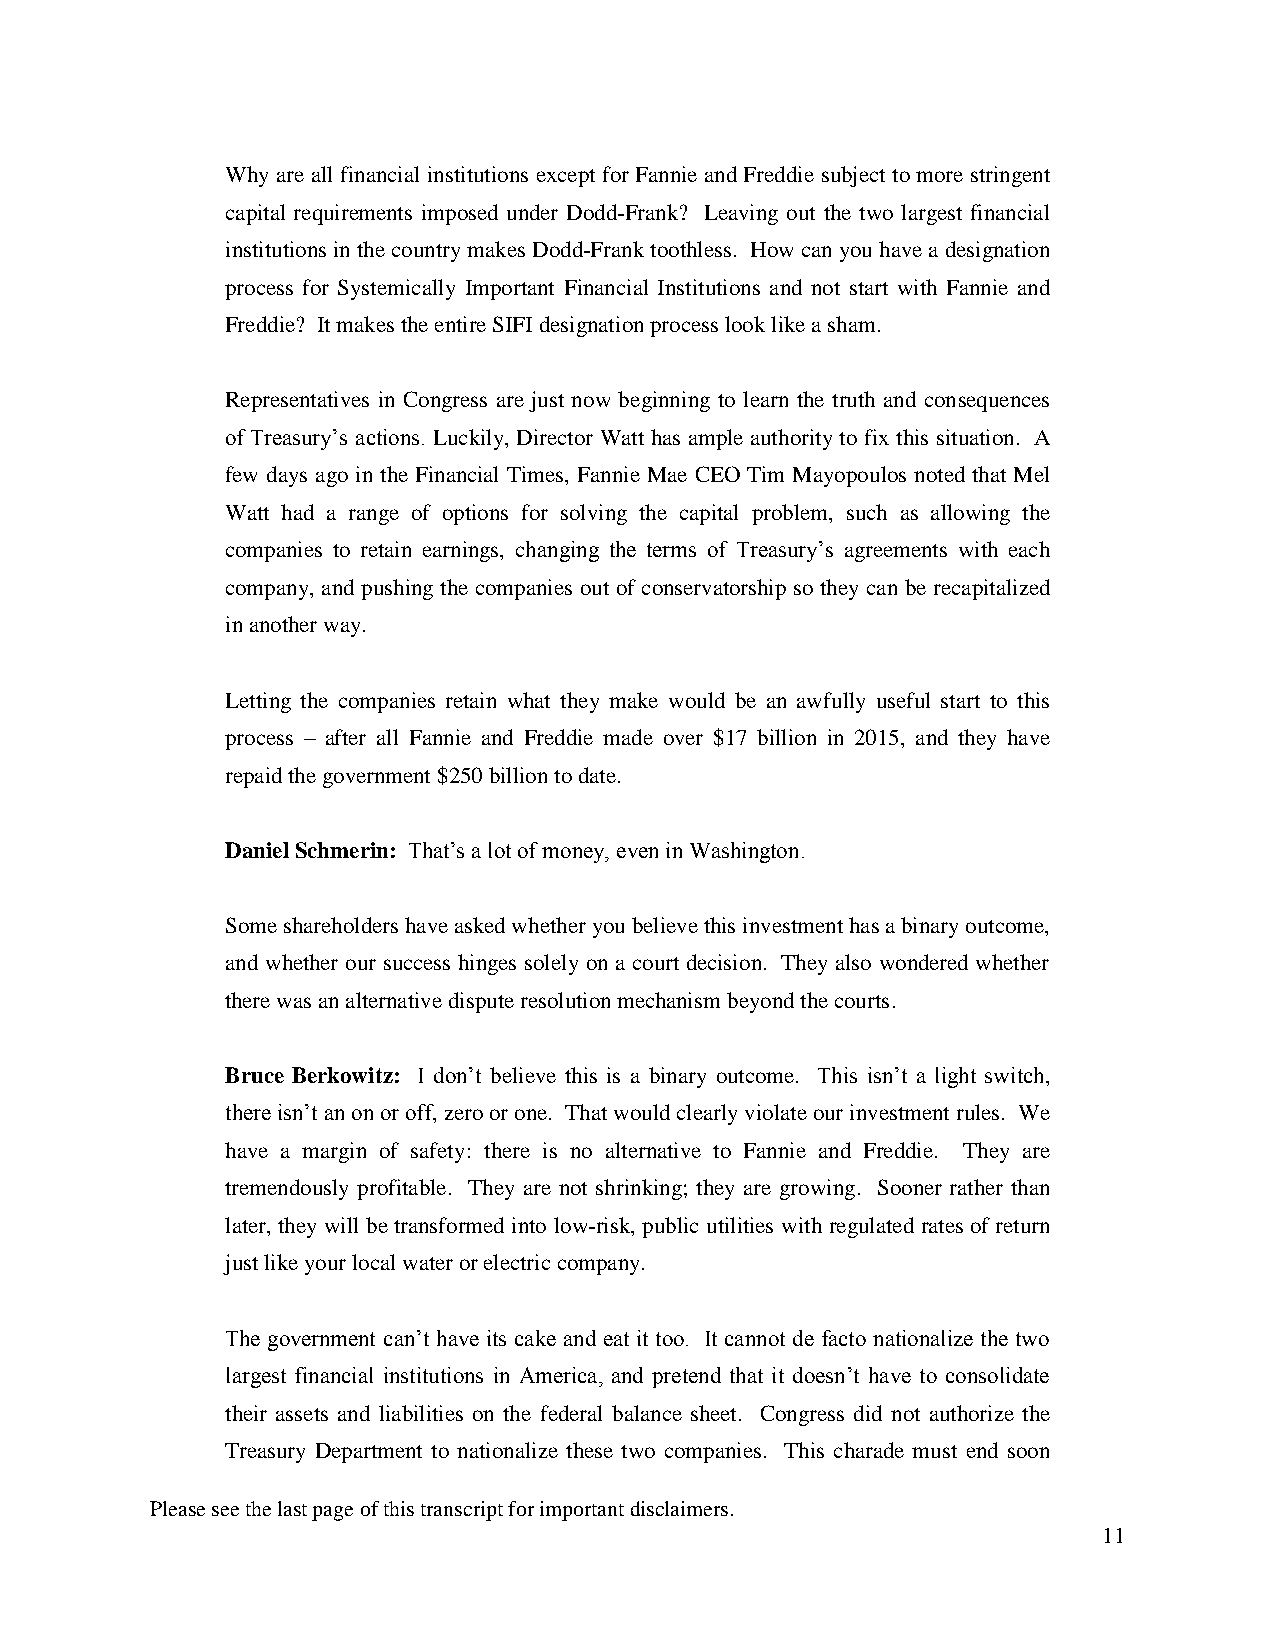
Why are all financial institutions except for Fannie and Freddie subject to more stringent
 capital requirements imposed under Dodd-Frank? Leaving out the two largest financial
 institutions in the country makes Dodd-Frank toothless. How can you have a designation
 process for Systemically Important Financial Institutions and not start with Fannie and
 Freddie? It makes the entire SIFI designation process look like a sham.
 Representatives in Congress are just now beginning to learn the truth and consequences
 of Treasury’s actions. Luckily, Director Watt has ample authority to fix this situation. A
 few days ago in the Financial Times, Fannie Mae CEO Tim Mayopoulos noted that Mel
 Watt had a range of options for solving the capital problem, such as allowing the
 companies to retain earnings, changing the terms of Treasury’s agreements with each
 company, and pushing the companies out of conservatorship so they can be recapitalized
 in another way.
 Letting the companies retain what they make would be an awfully useful start to this
 process – after all Fannie and Freddie made over $17 billion in 2015, and they have
 repaid the government $250 billion to date.
 Daniel Schmerin: That’s a lot of money, even in Washington.
 Some shareholders have asked whether you believe this investment has a binary outcome,
 and whether our success hinges solely on a court decision. They also wondered whether
 there was an alternative dispute resolution mechanism beyond the courts.
 Bruce Berkowitz: I don’t believe this is a binary outcome. This isn’t a light switch,
 there isn’t an on or off, zero or one. That would clearly violate our investment rules. We
 have a margin of safety: there is no alternative to Fannie and Freddie. They are
 tremendously profitable. They are not shrinking; they are growing. Sooner rather than
 later, they will be transformed into low-risk, public utilities with regulated rates of return
 just like your local water or electric company.
 The government can’t have its cake and eat it too. It cannot de facto nationalize the two
 largest financial institutions in America, and pretend that it doesn’t have to consolidate
 their assets and liabilities on the federal balance sheet. Congress did not authorize the
 Treasury Department to nationalize these two companies. This charade must end soon
 Please see the last page of this transcript for important disclaimers.
 11